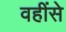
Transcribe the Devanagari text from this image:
वहींसे